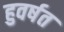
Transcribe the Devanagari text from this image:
हुवर्षत